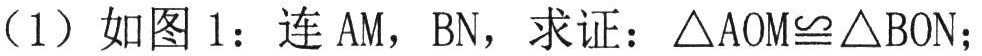
（1）如图1：连\(AM\)，\(BN\)，求证：\(\triangle AOM\cong\triangle BON\)；